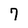
Character: 7